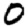
Digit: 0